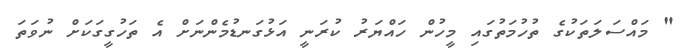
" މައްސަލަތަކުގެ ތުހުމަތުގައި މީހުން ހައްޔަރު ކުރަނީ އަޅުގަނޑުމެންނަށް އެ ތަހުގީގަކަށް ނުވަތަ